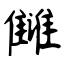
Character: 雠